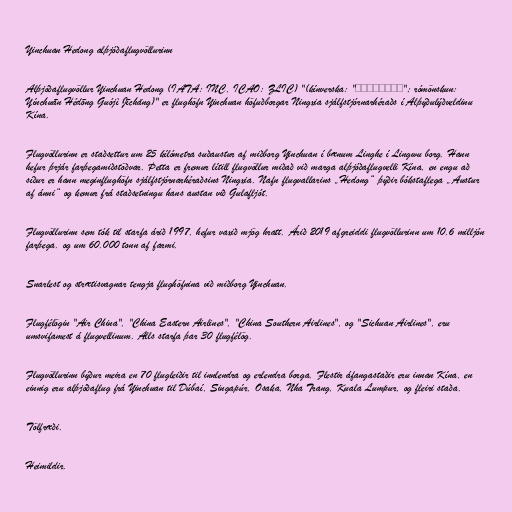
Yinchuan Hedong alþjóðaflugvöllurinn

Alþjóðaflugvöllur Yinchuan Hedong (IATA: INC, ICAO: ZLIC) "(kínverska: "银川河东国际机场"; rómönskun:
Yínchuān Hédōng Guójì Jīchǎng)" er flughöfn Yinchuan höfuðborgar Ningxia sjálfstjórnarhéraðs í Alþýðulýðveldinu
Kína.

Flugvöllurinn er staðsettur um 25 kílómetra suðaustur af miðborg Yinchuan í bænum Linghe í Lingwu borg. Hann
hefur þrjár farþegamiðstöðvar. Þetta er fremur lítill flugvöllur miðað við marga alþjóðaflugvelli Kína, en engu að
síður er hann meginflughöfn sjálfstjórnarhéraðsins Ningxia. Nafn flugvallarins „Hedong“ þýðir bókstaflega „Austur
af ánni“ og kemur frá staðsetningu hans austan við Gulafljót.

Flugvöllurinn sem tók til starfa árið 1997, hefur vaxið mjög hratt. Árið 2019 afgreiddi flugvöllurinn um 10.6 milljón
farþega. og um 60.000 tonn af farmi.

Snarlest og strætisvagnar tengja flughöfnina við miðborg Yinchuan.

Flugfélögin "Air China", "China Eastern Airlines", "China Southern Airlines", og "Sichuan Airlines", eru
umsvifamest á flugvellinum. Alls starfa þar 30 flugfélög.

Flugvöllurinn býður meira en 70 flugleiðir til innlendra og erlendra borga. Flestir áfangastaðir eru innan Kína, en
einnig eru alþjóðaflug frá Yinchuan til Dúbaí, Singapúr, Osaka, Nha Trang, Kuala Lumpur, og fleiri staða.

Tölfræði.

Heimildir.